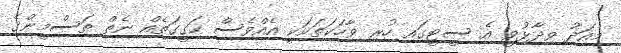
މިއަދު ވިދާޅުވީ އެ ސީޓީގައި ހުރި ވާހަކަތަކަކީ އެއްވެސް ހަގީގަތެއް ނެތް ތަސްމީންގެ